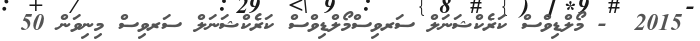
2015  - މޯލްޑިވްސް ކަރެކްޝަނަލް ސަރވިސްމޯލްޑިވްސް ކަރެކްޝަނަލް ސަރވިސް މިނިވަން 50